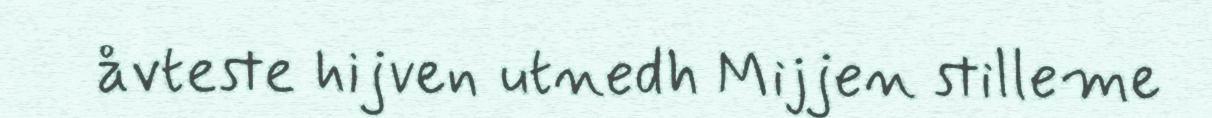
åvteste hijven utnedh Mijjen stilleme